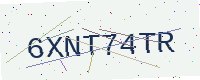
Text: 6XNT74TR